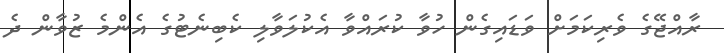
ރާއްޖޭގެ ވެރިކަމަށް ވަޑައިގެން ހުވާ ކުރައްވާ އެކުލަވާލި ކެބިނެޓުގެ އެންމެ ޒުވާން ދެ